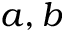
a , b